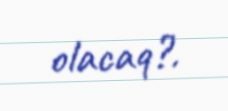
olacaq?.